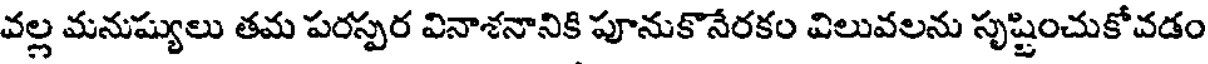
వల్ల మనుష్యులు తమ పరస్పర వినాశనానికి పూనుకొనేరకం విలువలను సృష్టించుకోవడం